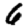
Digit: 6